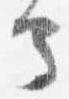
守